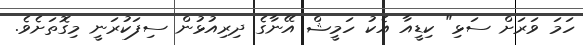
ހަމަ ވަރަށް ސަޅި" ކިޑީއާ އެކު ހަމީޝް އޭނާގެ ދިރިއުޅުން ސިފަކުރަނީ މިގޮތަށެވެ.